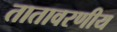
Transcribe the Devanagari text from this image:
तातावरणीय